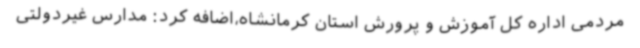
مردمی اداره کل آموزش و پرورش استان کرمانشاه،اضافه کرد: مدارس غیردولتی